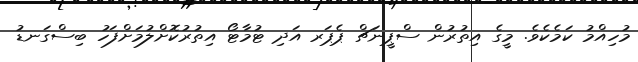
މުހިއްމު ކަމެކެވެ. މީގެ އިތުރުން ސްޕީނަޗް ޕެޕަރ އަދި ޓުމާޓޯ އިތުރުކޮށްލުމަށްފަހު ބިސްގަނޑު